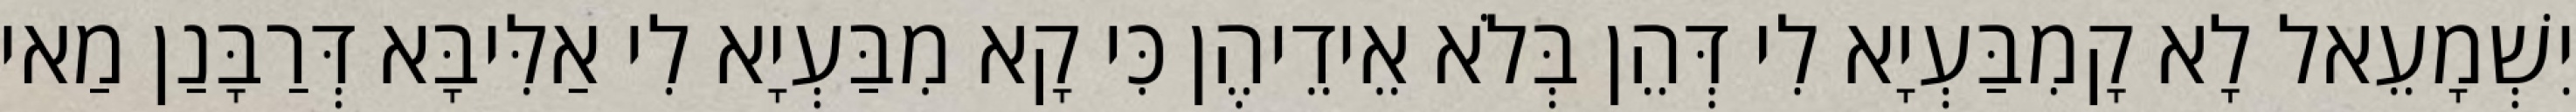
יִשְׁמָעֵאל לָא קָמִבַּעְיָא לִי דְּהֵן בְּלֹא אֵידֵיהֶן כִּי קָא מִבַּעְיָא לִי אַלִּיבָּא דְּרַבָּנַן מַאי